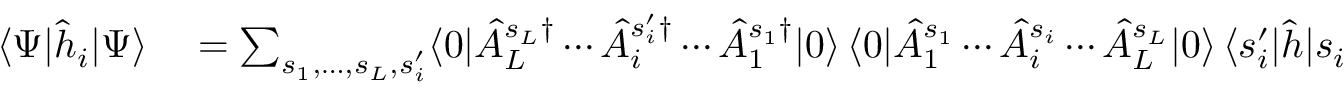
\begin{array} { r l } { \langle \Psi | \hat { h } _ { i } | \Psi \rangle } & { { } \stackrel { } { = } \textstyle \sum _ { s _ { 1 } , \dotsc , s _ { L } , s _ { i } ^ { \prime } } \langle 0 | \hat { A } _ { L } ^ { s _ { L } \dag } \dotsb \hat { A } _ { i } ^ { s _ { i } ^ { \prime } \dag } \dotsb \hat { A } _ { 1 } ^ { s _ { 1 } \dag } | 0 \rangle \, \langle 0 | \hat { A } _ { 1 } ^ { s _ { 1 } } \dotsb \hat { A } _ { i } ^ { s _ { i } } \dotsb \hat { A } _ { L } ^ { s _ { L } } | 0 \rangle \, \langle s _ { i } ^ { \prime } | \hat { h } | s _ { i } \rangle } \end{array}